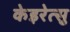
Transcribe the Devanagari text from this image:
केइरेत्सु